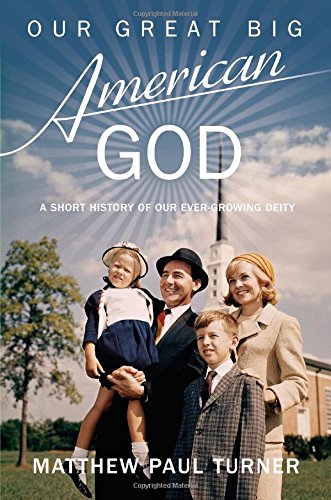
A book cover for Our Great Big American God: A Short History of Our Ever-Growing Deity; Matthew Paul Turner; Humor & Entertainment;